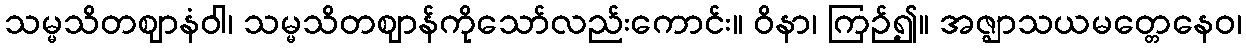
သမ္မသိတဈာနံဝါ၊ သမ္မသိတဈာန်ကိုသော်လည်းကောင်း။ ဝိနာ၊ ကြဉ်၍။ အဇ္ဈာသယမတ္တေနေဝ၊